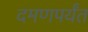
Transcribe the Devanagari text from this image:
दमणपर्यंत